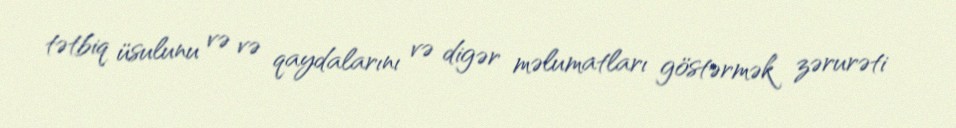
tətbiq üsulunu və və qaydalarını və digər məlumatları göstərmək zərurəti